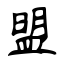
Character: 盟